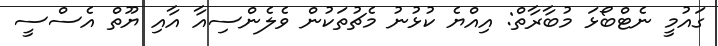
ގައުމީ ނެޓްބޯޅަ މުބާރާތް: އިއްޔެ ކުޅުނު މެޗުތަކުން ވެލެންސިއާ އާއި ޔޫތް އެސްސީ